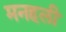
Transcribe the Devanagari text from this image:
मनहली